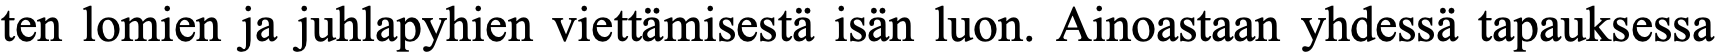
ten lomien ja juhlapyhien viettämisestä isän luon. Ainoastaan yhdessä tapauksessa